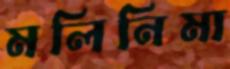
মলিনিমা